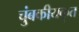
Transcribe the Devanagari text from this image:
चुंबकीयकृत